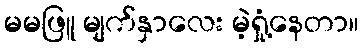
မမဖြူ မျက်နှာလေး မဲ့ရှုံ့နေတာ။